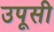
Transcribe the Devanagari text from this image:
उपूसी